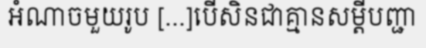
អំណាចមួយរូប [...]បើសិនជាគ្មានសម្តីបញ្ជា